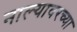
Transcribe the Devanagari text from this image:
नाल्यावरच्या